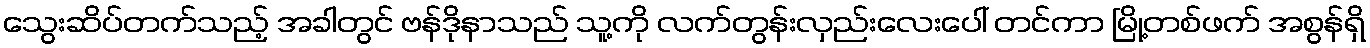
သွေးဆိပ်တက်သည့် အခါတွင် ဗန်ဒိုနာသည် သူ့ကို လက်တွန်းလှည်းလေးပေါ် တင်ကာ မြို့တစ်ဖက် အစွန်ရှိ